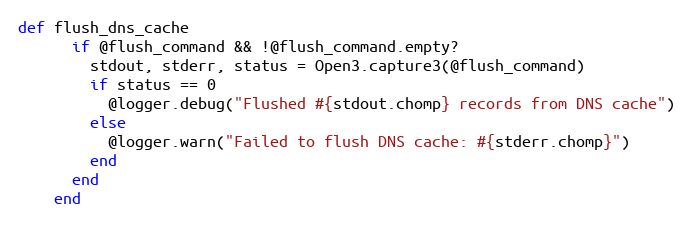
Language: Ruby
def flush_dns_cache
      if @flush_command && !@flush_command.empty?
        stdout, stderr, status = Open3.capture3(@flush_command)
        if status == 0
          @logger.debug("Flushed #{stdout.chomp} records from DNS cache")
        else
          @logger.warn("Failed to flush DNS cache: #{stderr.chomp}")
        end
      end
    end